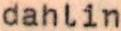
dahlin